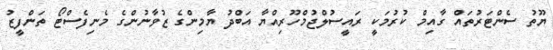
ޔޫތު ސެންޓަރުތައް ގާއިމް ކުރުމަކީ ރައީސުލްޖުމްހޫރިއްޔާ އަބްދު ޔާމިންގެ ޒުވާނުންގެ މެނިފެސްޓޯ ތަންފީޒު